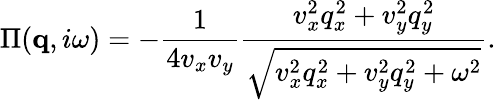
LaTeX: \Pi(\textbf{q},i\omega)=-\frac{1}{4v_{x}v_{y}}\frac{v_{x}^{2}q_{x}^{2}+v_{y}^{2}q_{y}^{2}}{\sqrt{v_{x}^{2}q_{x}^{2}+v_{y}^{2}q_{y}^{2}+\omega^{2}}}.